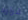
قراره